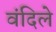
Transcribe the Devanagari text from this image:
वंदिले